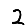
Digit: 2